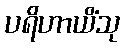
ပရိဟာယိံသု